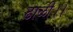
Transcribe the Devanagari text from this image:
ढाळी।।